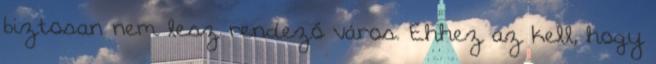
biztosan nem lesz rendező város. Ehhez az kell, hogy